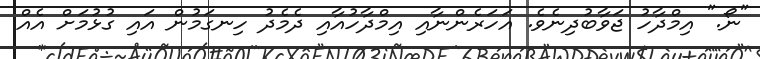
"ނޯ." އިިމްދާހު ޖަވާބުދިނެވެ. އަހަރެންނާއި އިމްދާހުއާއި ދެމެދު ހިނގަމުން އައި ގުޅުމަށް އެއް